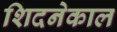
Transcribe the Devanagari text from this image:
शिदनेकाल